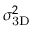
\sigma _ { \mathrm { 3 D } } ^ { 2 }